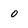
Character: 0